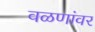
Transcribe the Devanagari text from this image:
वळणांवर